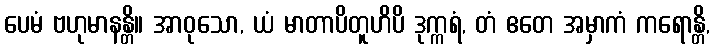
ပေမံ ဗဟုမာနန္တိ။ အာဝုသော, ယံ မာတာပိတူဟိပိ ဒုက္ကရံ, တံ ဧတေ အမှာကံ ကရောန္တိ,